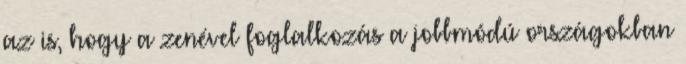
az is, hogy a zenével foglalkozás a jobbmódú országokban